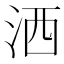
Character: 洒